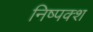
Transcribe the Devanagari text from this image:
निष्पक्श